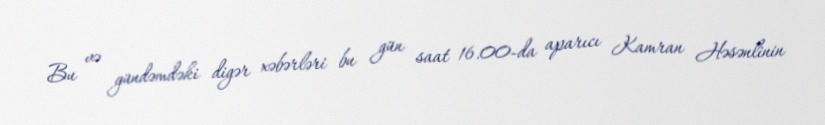
Bu və gündəmdəki digər xəbərləri bu gün saat 16.00-da aparıcı Kamran Həsənlinin